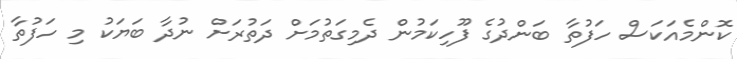
ކޮންމެއަކަސް ހަފުތާ ބަންދުގެ ފޫހިކަމުން ދެމިގަތުމަށް ދަތުރަށް ނުދާ ބަޔަކު މި ހަފުތާ